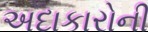
અદાકારોની